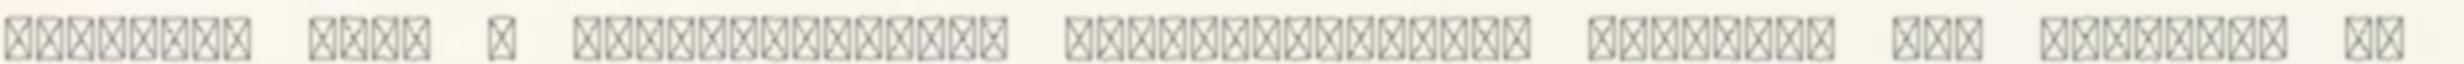
rövidebb lesz a megszokottnál. Zalaegerszegről pénteken nem indultak és